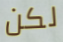
لكن